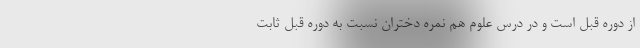
از دوره قبل است و در درس علوم هم نمره دختران نسبت به دوره قبل ثابت